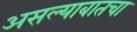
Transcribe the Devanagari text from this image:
असल्याबातचा